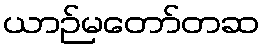
ယာဉ်မတော်တဆ